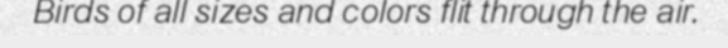
Birds of all sizes and colors flit through the air.